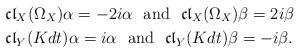
LaTeX: \begin{align*} & \mathfrak{cl}_X(\Omega_X )\alpha=-2i \alpha \ \ \mbox{and} \ \ \mathfrak{cl}_X(\Omega_X )\beta=2i \beta \\& \mathfrak{cl}_Y(K dt)\alpha=i \alpha \ \ \mbox{and} \ \ \mathfrak{cl}_Y(K dt)\beta= -i \beta.\end{align*}